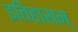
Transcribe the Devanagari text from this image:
इतिहासम्